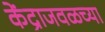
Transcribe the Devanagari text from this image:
केंद्राजवळच्या